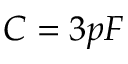
C = 3 p F